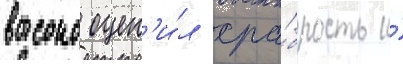
высоко оцен'и́л хра́брость и́